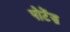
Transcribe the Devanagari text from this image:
पोटेंज़